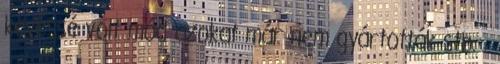
kevéssé volt mód azokat már nem gyártották stb. .